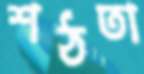
শঠতা